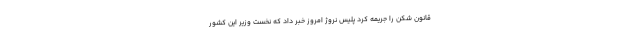
قانون شکن را جریمه کرد پلیس نروژ امروز خبر داد که نخست وزیر این کشور